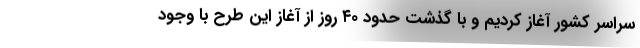
سراسر کشور آغاز کردیم و با گذشت حدود ۴۰ روز از آغاز این طرح با وجود